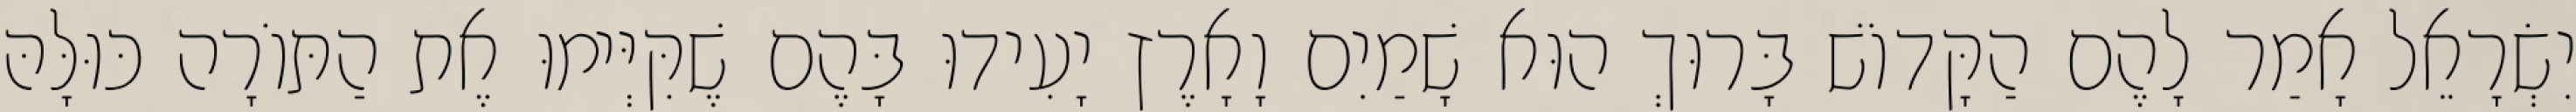
יִשְׂרָאֵל אָמַר לָהֶם הַקָּדוֹשׁ בָּרוּךְ הוּא שָׁמַיִם וָאָרֶץ יָעִידוּ בָּהֶם שֶׁקִּיְּימוּ אֶת הַתּוֹרָה כּוּלָּהּ